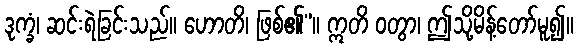
ဒုက္ခံ၊ ဆင်းရဲခြင်းသည်။ ဟောတိ၊ ဖြစ်၏”။ ဣတိ ဝတွာ၊ ဤသို့မိန့်တော်မူ၍။